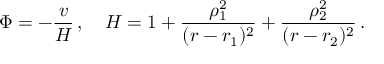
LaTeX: \Phi = - \frac { v } { H } \, , \quad H = 1 + \frac { \rho _ { 1 } ^ { 2 } } { ( r - r _ { 1 } ) ^ { 2 } } + \frac { \rho _ { 2 } ^ { 2 } } { ( r - r _ { 2 } ) ^ { 2 } } \, .